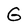
Character: G